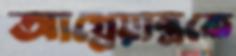
আগ্নেয়াস্ত্রকে